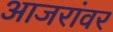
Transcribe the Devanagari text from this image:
आजरांवर